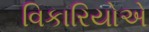
વિકારિયોએ